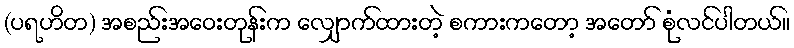
(ပရဟိတ) အစည်းအဝေးတုန်းက လျှောက်ထားတဲ့ စကားကတော့ အတော် စုံလင်ပါတယ်။